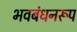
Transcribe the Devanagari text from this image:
भवबंधनरूप